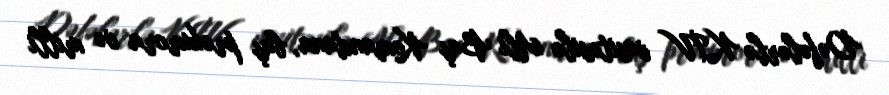
Dəfələrlə KİV vasitəsilə Ali Baş Komandana, baş prokurora və milli